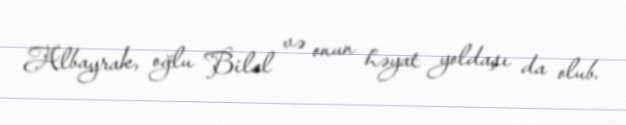
Albayrak, oğlu Bilal və onun həyat yoldaşı da olub.